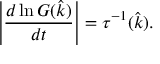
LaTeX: \left| \frac { d \ln G ( \hat { k } ) } { d t } \right| = \tau ^ { - 1 } ( \hat { k } ) .